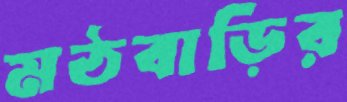
মঠবাড়ির